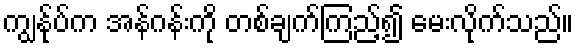
ကျွန်ုပ်က အန်ဂန်းကို တစ်ချက်ကြည့်၍ မေးလိုက်သည်။